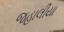
જહાલીયા